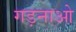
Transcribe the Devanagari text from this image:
गड़नाओ